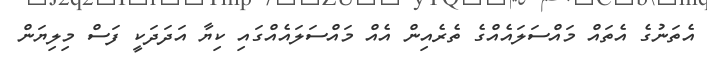
އެތަނުގެ އެތައް މައްސަލައެއްގެ ތެރެއިން އެއް މައްސަލައެއްގައި ކިޔާ އަދަދަކީ ފަސް މިލިޔަން